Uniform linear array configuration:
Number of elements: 16
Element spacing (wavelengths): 1
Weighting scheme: hann
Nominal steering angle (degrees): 15
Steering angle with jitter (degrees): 14.215
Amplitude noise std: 0.05
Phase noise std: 0.05

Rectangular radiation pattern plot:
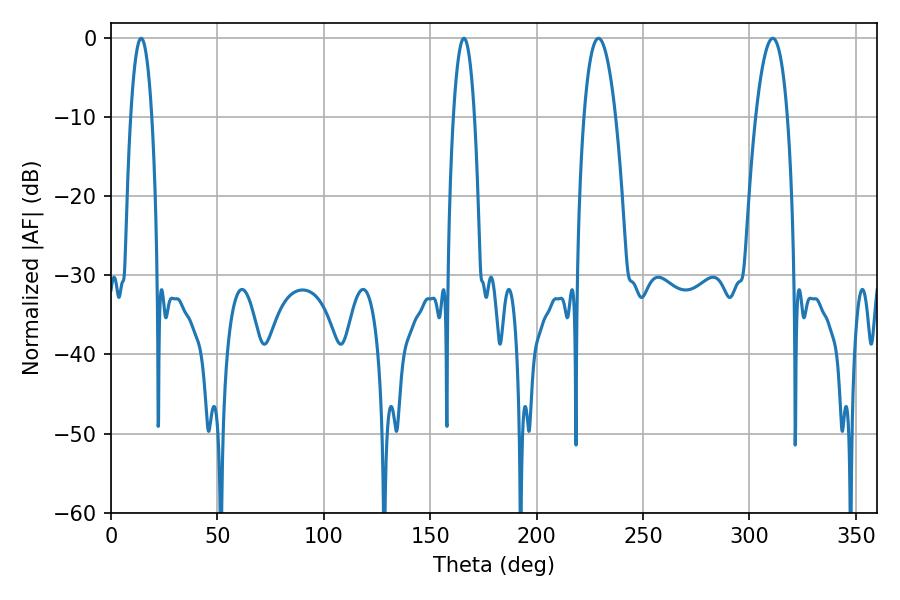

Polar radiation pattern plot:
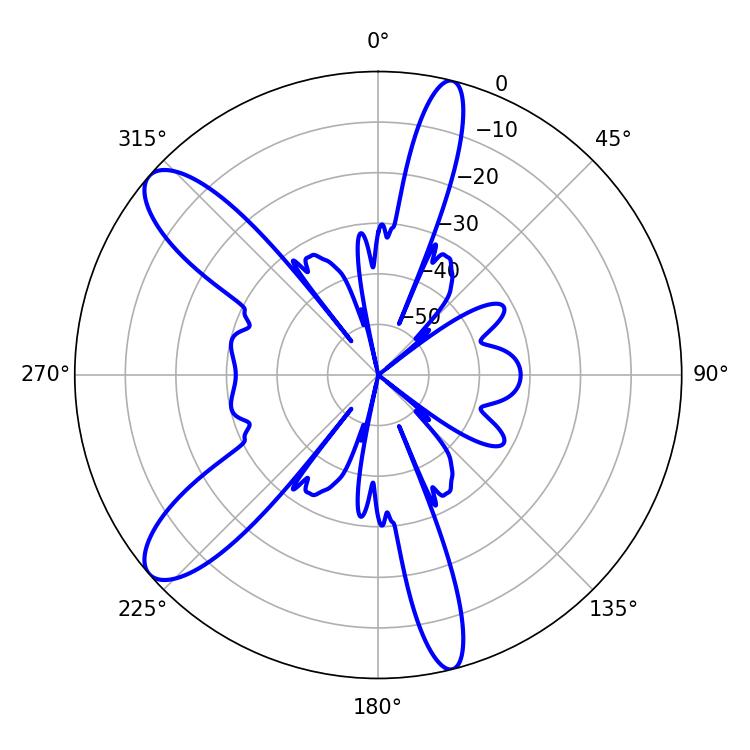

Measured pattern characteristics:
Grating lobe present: TRUE
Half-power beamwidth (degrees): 5.58
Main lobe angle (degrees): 14.22